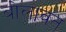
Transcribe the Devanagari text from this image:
बोलावत